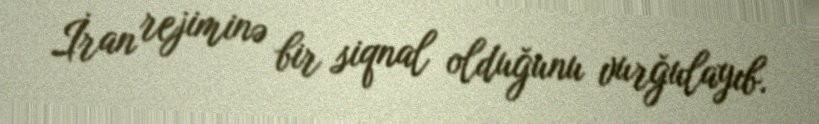
İran rejiminə bir siqnal olduğunu vurğulayıb.